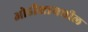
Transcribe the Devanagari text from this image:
ओडीशामधील